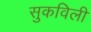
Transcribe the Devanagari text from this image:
सुकविली